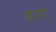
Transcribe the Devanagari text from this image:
वयो